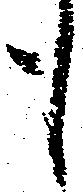
も